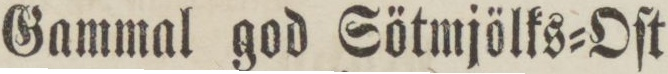
Gammal god Sötmjölks=Oſt